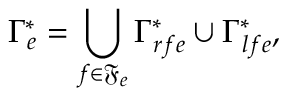
\Gamma _ { e } ^ { * } = \bigcup _ { f \in \mathfrak { F } _ { e } } \Gamma _ { r f e } ^ { * } \cup \Gamma _ { l f e } ^ { * } ,